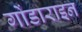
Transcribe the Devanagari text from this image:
गोंडाराइन